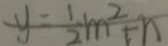
y = \frac { 1 } { 2 } m ^ { 2 } + n